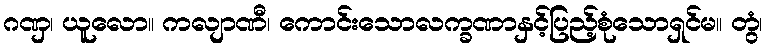
ဂဏှ၊ ယူလော။ ကလျာဏီ၊ ကောင်းသောလက္ခဏာနှင့်ပြည့်စုံသောရှင်မ။ တွံ၊